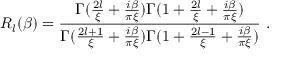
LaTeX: R _ { l } ( \beta ) = { \frac { \Gamma ( { \frac { 2 l } { \xi } } + { \frac { i \beta } { \pi \xi } } ) \Gamma ( 1 + { \frac { 2 l } { \xi } } + { \frac { i \beta } { \pi \xi } } ) } { \Gamma ( { \frac { 2 l + 1 } { \xi } } + { \frac { i \beta } { \pi \xi } } ) \Gamma ( 1 + { \frac { 2 l - 1 } { \xi } } + { \frac { i \beta } { \pi \xi } } ) } } \ .